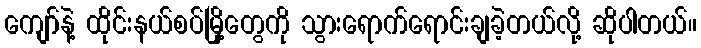
ကျော်နဲ့ ထိုင်းနယ်စပ်မြို့တွေကို သွားရောက်ရောင်းချခဲ့တယ်လို့ ဆိုပါတယ်။